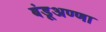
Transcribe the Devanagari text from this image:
बंडूअण्णा